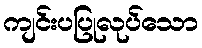
ကျင်းပပြုလုပ်သော